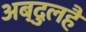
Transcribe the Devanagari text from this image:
अब्दुलहै